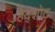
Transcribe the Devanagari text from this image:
हेद्शोट